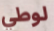
لوطي